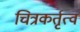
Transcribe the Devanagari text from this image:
चित्रकर्तृत्व